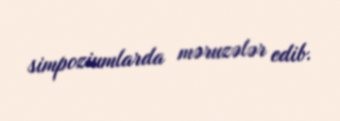
simpoziumlarda məruzələr edib.